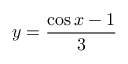
y = { \frac { \cos x - 1 } { 3 } }